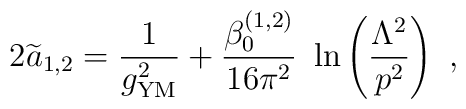
2{\widetilde a}_{1,2}={1\over g^2_{\rm {\small YM}}}+ {\beta^{(1,2)}_0\over 16\pi^2}~\ln\left( {\Lambda^2\over p^2}\right)~,